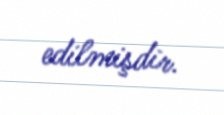
edilmişdir.